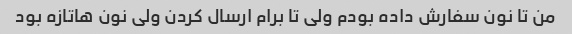
من تا نون سفارش داده بودم ولی تا برام ارسال کردن ولی نون هاتازه بود